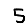
Digit: 5